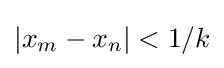
|x_{m}-x_{n}|<1/k